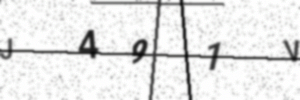
Text: J491V